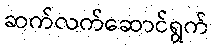
ဆက်လက်ဆောင်ရွက်